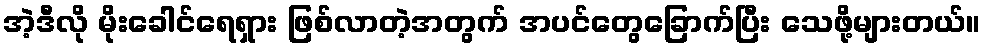
အဲ့ဒီလို မိုးခေါင်ရေရှား ဖြစ်လာတဲ့အတွက် အပင်တွေခြောက်ပြီး သေဖို့များတယ်။